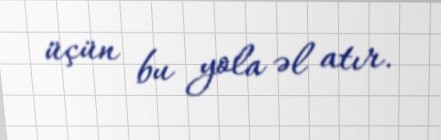
üçün bu yola əl atır.